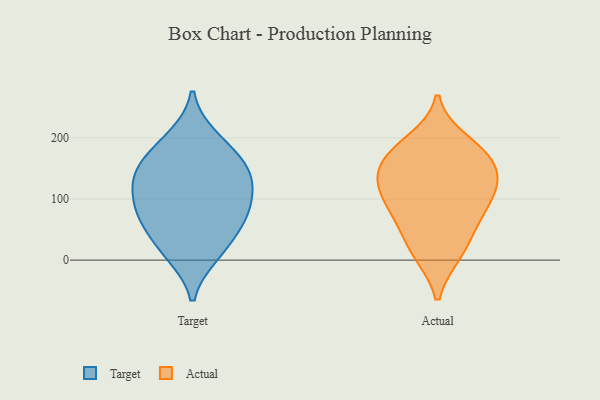
{"axis": {"x": "Temperature (°C)", "y": "Value"}, "legend": ["Actual", "Target"], "data": [{"x": "", "y": 52, "type": "Target"}, {"x": "", "y": 184, "type": "Target"}, {"x": "", "y": 140, "type": "Target"}, {"x": "", "y": 81, "type": "Target"}, {"x": "", "y": 200, "type": "Target"}, {"x": "", "y": 10, "type": "Target"}, {"x": "", "y": 134, "type": "Target"}, {"x": "", "y": 152, "type": "Target"}, {"x": "", "y": 86, "type": "Target"}, {"x": "", "y": 16, "type": "Target"}, {"x": "", "y": 142, "type": "Target"}, {"x": "", "y": 102, "type": "Target"}, {"x": "", "y": 67, "type": "Target"}, {"x": "", "y": 11, "type": "Actual"}, {"x": "", "y": 118, "type": "Actual"}, {"x": "", "y": 86, "type": "Actual"}, {"x": "", "y": 101, "type": "Actual"}, {"x": "", "y": 157, "type": "Actual"}, {"x": "", "y": 195, "type": "Actual"}, {"x": "", "y": 131, "type": "Actual"}, {"x": "", "y": 61, "type": "Actual"}, {"x": "", "y": 56, "type": "Actual"}, {"x": "", "y": 120, "type": "Actual"}, {"x": "", "y": 150, "type": "Actual"}, {"x": "", "y": 178, "type": "Actual"}, {"x": "", "y": 176, "type": "Actual"}, {"x": "", "y": 10, "type": "Actual"}]}